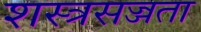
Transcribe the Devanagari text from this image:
शस्त्रसज्जता